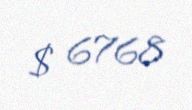
$ 6768